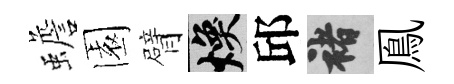
蟾園臂焕邱褚鳯